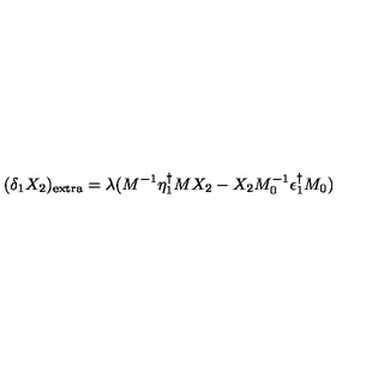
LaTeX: ( \delta _ { 1 } X _ { 2 } ) _ { \mathrm { e x t r a } } = \lambda ( M ^ { - 1 } \eta _ { 1 } ^ { \dagger } M X _ { 2 } - X _ { 2 } M _ { 0 } ^ { - 1 } \epsilon _ { 1 } ^ { \dagger } M _ { 0 } )